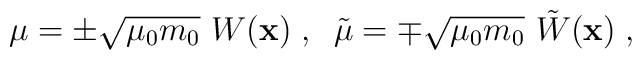
\mu = \pm \sqrt{\mu_0 m_0}~W({\bf x})\; , \;\;     \tilde{\mu} = \mp \sqrt{\mu_0 m_0}~\tilde{W}({\bf x})\;,